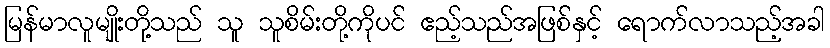
မြန်မာလူမျိုးတို့သည် သူ သူစိမ်းတို့ကိုပင် ဧည့်သည်အဖြစ်နှင့် ရောက်လာသည့်အခါ